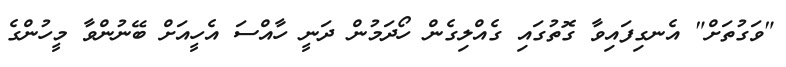
"ވަގުތަށް" އެނގިފައިވާ ގޮތުގައި ގެއްލިގެން ހޯދަމުން ދަނީ ހާއްސަ އެހީއަށް ބޭނުންވާ މީހުންގެ